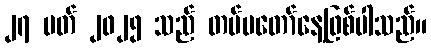
၂၇ မတ် ၂၀၂၅ သည် တပ်မတော်နေ့ဖြစ်ပါသည်။